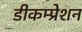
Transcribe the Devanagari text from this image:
डीकम्प्रेशन